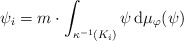
\begin{align*} \psi_i = m \cdot \int_{\kappa^{-1}(K_i)} \psi \, \mathrm{d}\mu_\varphi(\psi) \end{align*}